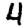
Digit: 4